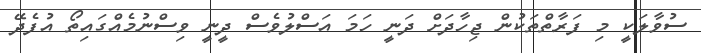
ސުވާލަކީ މި ފަރާތްތަކުން ޖިހާދަށް ދަނީ ހަމަ އަސްލުވެސް ދީނީ ވިސްނުމެއްގައިތޯ އުފެދޭ